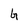
Character: G